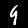
Digit: 9